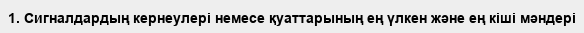
1. Сигналдардың кернеулері немесе қуаттарының ең үлкен және ең кіші мәндері